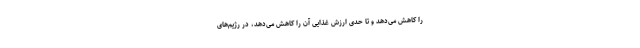
را کاهش می‌دهد و تا حدی ارزش غذایی آن را کاهش می‌دهد، در رژیم‌های